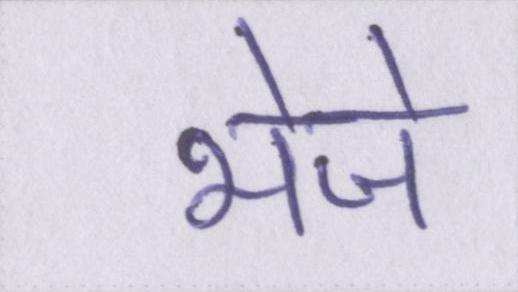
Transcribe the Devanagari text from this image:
भेजे